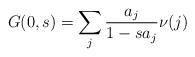
LaTeX: \begin{align*} G(0,s) = \sum_j \frac{{a}_j}{1 - s {a}_j} \nu (j) \end{align*}